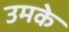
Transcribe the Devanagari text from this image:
उमके